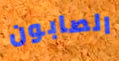
الصابون